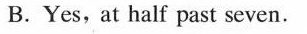
B.Yes,at half past seven.